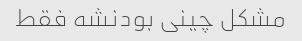
مشکل چینی بودنشه فقط